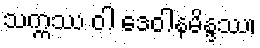
သက္ကဿ ဝါ ဒေဝါနမိန္ဒဿ၊